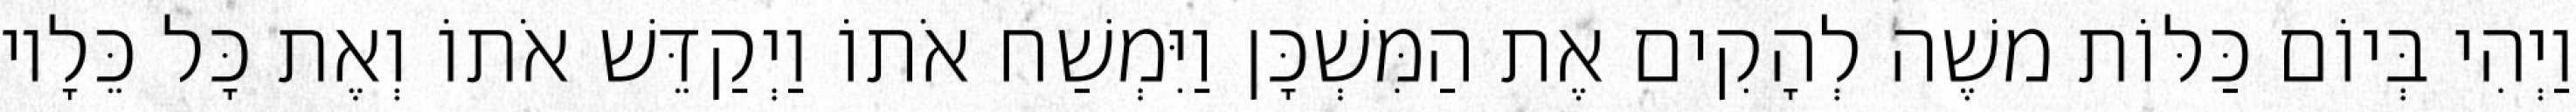
וַיְהִי בְּיוֹם כַּלּוֹת משֶׁה לְהָקִים אֶת הַמִּשְׁכָּן וַיִּמְשַׁח אֹתוֹ וַיְקַדֵּשׁ אֹתוֹ וְאֶת כָּל כֵּלָיו